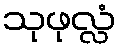
သုဖုလ္လံ